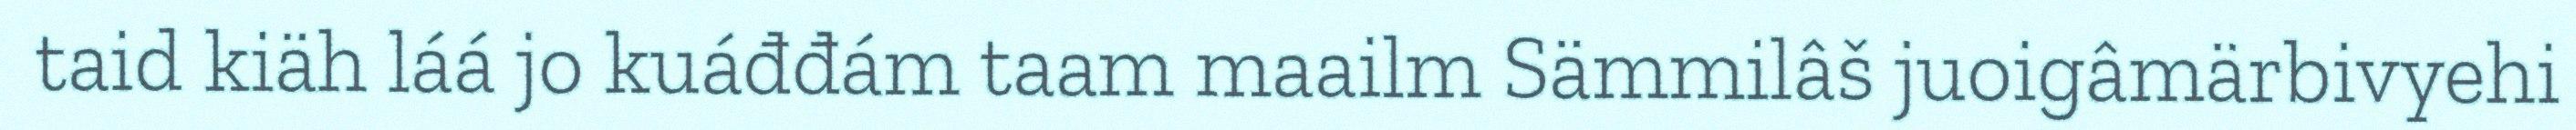
taid kiäh láá jo kuáđđám taam maailm Sämmilâš juoigâmärbivyehi